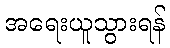
အရေးယူသွားရန်